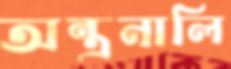
অন্ত্রনালি